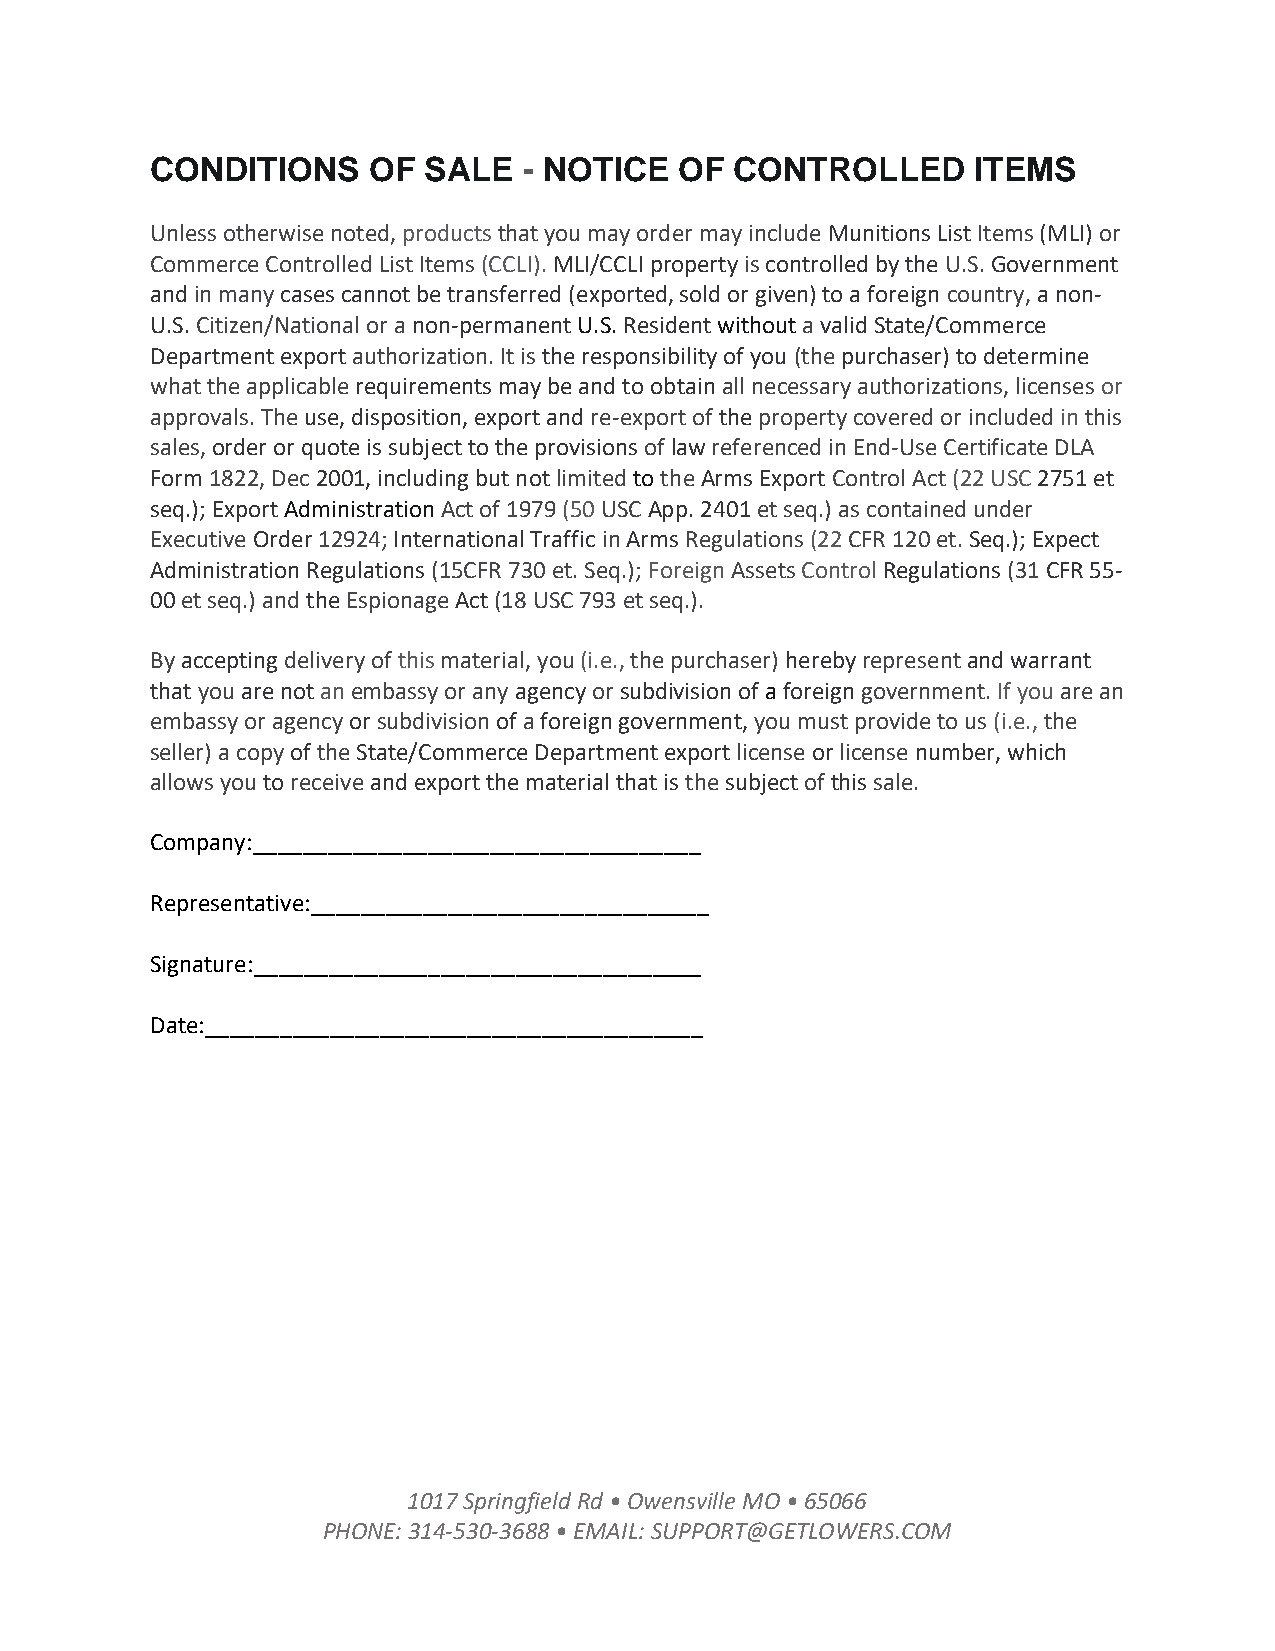
CONDITIONS    OF  SALE   - NOTICE  OF  CONTROLLED      ITEMS
 Unless otherwise noted, products that you may order may include Munitions List Items (MLI) or
 Commerce Controlled List Items (CCLI). MLI/CCLI property is controlled by the U.S. Government
 and in many cases cannot be transferred (exported, sold or given) to a foreign country, a non-
 U.S. Citizen/National or a non-permanent U.S. Resident without a valid State/Commerce
 Department export authorization. It is the responsibility of you (the purchaser) to determine
 what the applicable requirements may be and to obtain all necessary authorizations, licenses or
 approvals. The use, disposition, export and re-export of the property covered or included in this
 sales, order or quote is subject to the provisions of law referenced in End-Use Certificate DLA
 Form 1822, Dec 2001, including but not limited to the Arms Export Control Act (22 USC 2751 et
 seq.); Export Administration Act of 1979 (50 USC App. 2401 et seq.) as contained under
 Executive Order 12924; International Traffic in Arms Regulations (22 CFR 120 et. Seq.); Expect
 Administration Regulations (15CFR 730 et. Seq.); Foreign Assets Control Regulations (31 CFR 55-
 00 et seq.) and the Espionage Act (18 USC 793 et seq.).
 By accepting delivery of this material, you (i.e., the purchaser) hereby represent and warrant
 that you are not an embassy or any agency or subdivision of a foreign government. If you are an
 embassy or agency or subdivision of a foreign government, you must provide to us (i.e., the
 seller) a copy of the State/Commerce Department export license or license number, which
 allows you to receive and export the material that is the subject of this sale.
 Company:____________________________________
 Representative:________________________________
 Signature:____________________________________
 Date:________________________________________
 1017 Springfield Rd • Owensville MO • 65066
 PHONE: 314-530-3688 • EMAIL: SUPPORT@GETLOWERS.COM